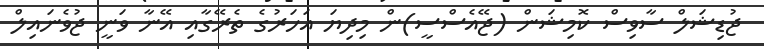
ޖުޑިޝަލް ސާވިސް ކޮމިޝަން (ޖޭއެސްސީ)ން މިދިޔަ އަހަރުގެ ތެރޭގާއި އޭނާ ވަނީ ޖުވެނައިލް